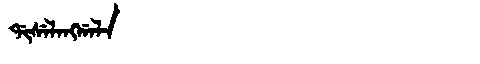
Manchu: ᡩᡳᠰᡝᠯᠠᠩᡤᠠᠯᠠ
Romanization: DISELANGGALA